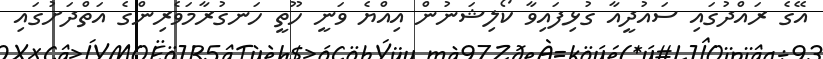
އޭގެ ރައްދުގައި ސައުދީއާ ގުޅިފައިވާ ކޯލިޝަނުން އިއްޔެ ވަނީ ހޫތީ ހަނގުރާމަވެރިންގެ އަތްދަށުގައި